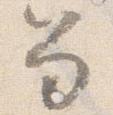
笏